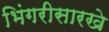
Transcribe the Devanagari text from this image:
भिंगरीसारखे